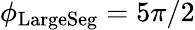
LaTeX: \phi_{\mathrm{LargeSeg}}=5\pi/2